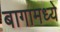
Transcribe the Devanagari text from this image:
बागामध्ये